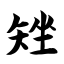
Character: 矬